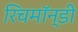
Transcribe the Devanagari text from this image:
रिचमॉन्डी